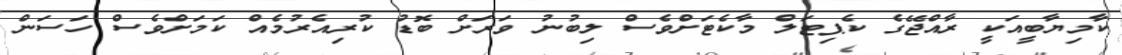
ކާމިޔާބީއަކީ ރާއްޖޭގެ ކެޕިޓަލް މާކެޓަށްވެސް ލިބުނު ވަރަށް ބޮޑު ކުރިއެރުމެއް ކަމަށްވެސް ހަސަން